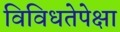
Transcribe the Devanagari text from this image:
विविधतेपेक्षा